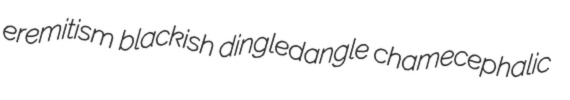
eremitism blackish dingledangle chamecephalic